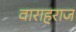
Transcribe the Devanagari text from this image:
वाराहराज